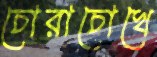
চোরাচোখে